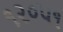
૧૨૦૫૧